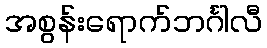
အစွန်းရောက်ဘင်္ဂါလီ